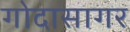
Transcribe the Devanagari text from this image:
गोदासागर